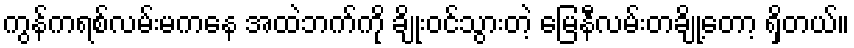
ကွန်ကရစ်လမ်းမကနေ အထဲဘက်ကို ချိုးဝင်သွားတဲ့ မြေနီလမ်းတချို့တော့ ရှိတယ်။